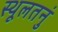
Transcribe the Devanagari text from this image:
स्थूलतनुं